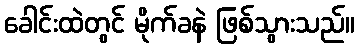
ခေါင်းထဲတွင် မိုက်ခနဲ ဖြစ်သွားသည်။